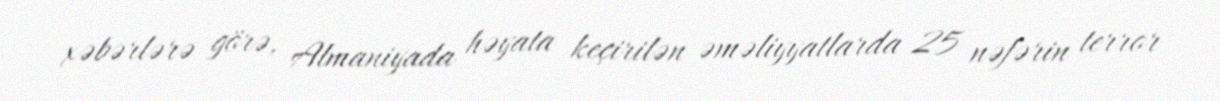
xəbərlərə görə, Almaniyada həyata keçirilən əməliyyatlarda 25 nəfərin terror